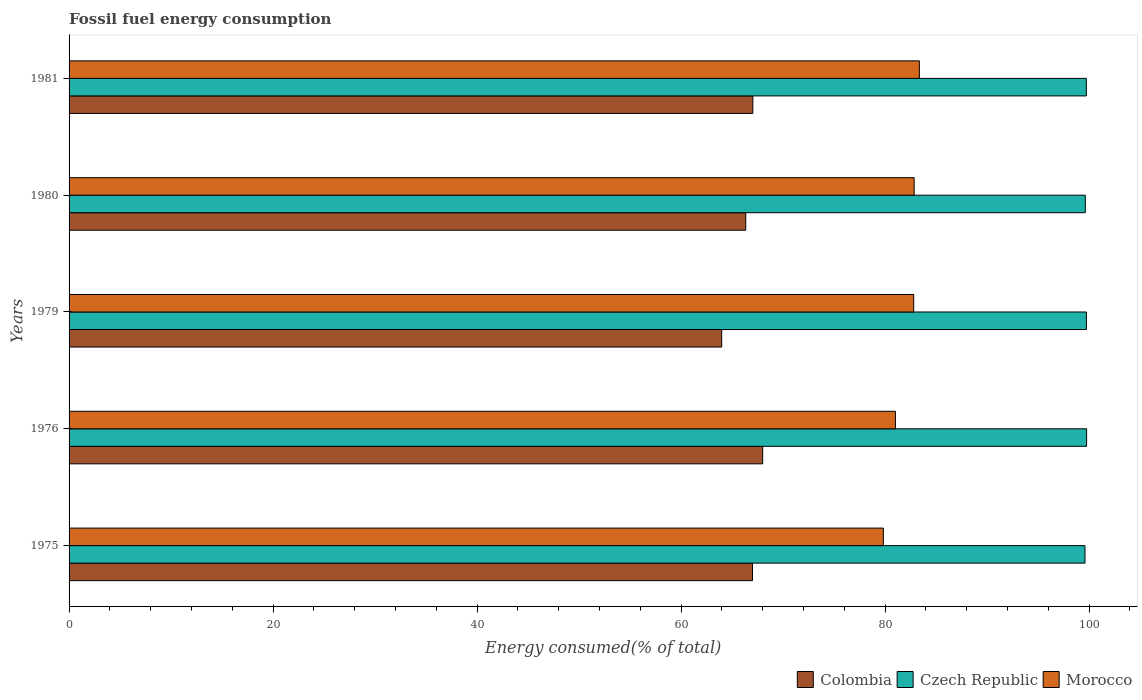
| Years | Colombia | Czech Republic | Morocco |
 | --- | --- | --- | --- |
 | 1975 | 67 | 99.6 | 79.8 |
 | 1976 | 68 | 99.8 | 81 |
 | 1979 | 64 | 99.7 | 82.8 |
 | 1980 | 66.3 | 99.6 | 82.8 |
 | 1981 | 67 | 99.7 | 83.4 |